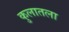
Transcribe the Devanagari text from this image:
कुलातला